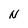
Character: N